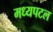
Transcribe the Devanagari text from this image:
मध्यपटल